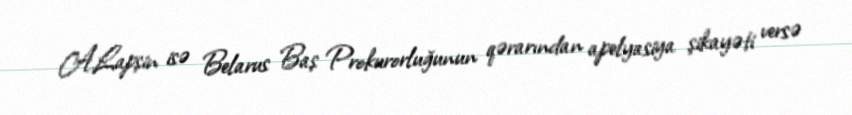
A.Lapşin isə Belarus Baş Prokurorluğunun qərarından apelyasiya şikayəti versə